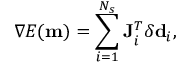
\nabla E ( \mathbf { m } ) = \sum _ { i = 1 } ^ { N _ { s } } \mathbf { J } _ { i } ^ { T } \delta \mathbf { d } _ { i } ,